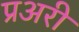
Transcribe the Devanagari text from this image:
प्रअरी